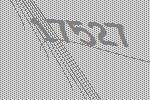
17527